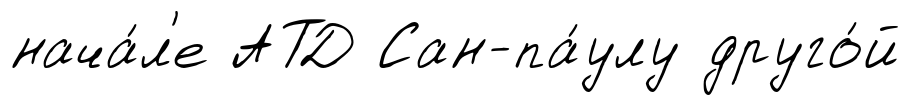
нача́л'е АТД Сан-па́улу друго́й